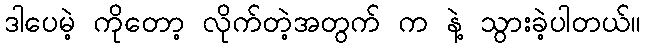
ဒါပေမဲ့ ကိုတော့ လိုက်တဲ့အတွက် က နဲ့ သွားခဲ့ပါတယ်။